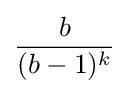
{\frac {b}{(b-1)^{k}}}